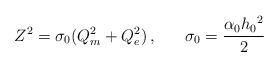
LaTeX: \begin{align*}Z^2 = \sigma_0(Q_m^2 + Q_e^2) \, , \;\;\;\; \; \;\sigma_0 = \frac{\alpha_0 h_0{}^2}{2}\end{align*}